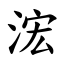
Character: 浤